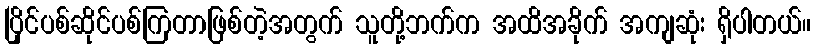
ပြိုင်ပစ်ဆိုင်ပစ်ကြတာဖြစ်တဲ့အတွက် သူတို့ဘက်က အထိအခိုက် အကျဆုံး ရှိပါတယ်။